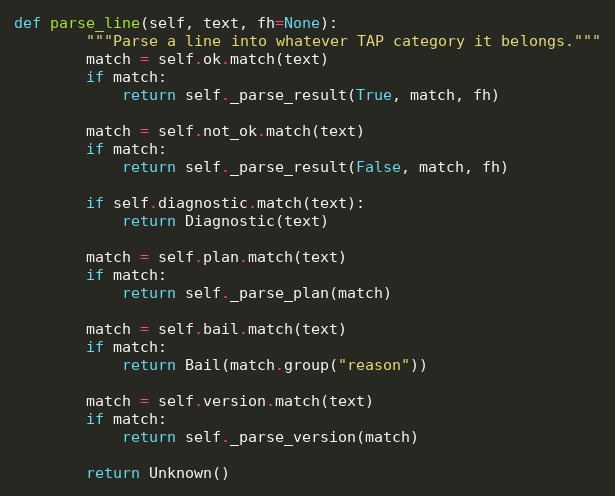
Language: Python
def parse_line(self, text, fh=None):
        """Parse a line into whatever TAP category it belongs."""
        match = self.ok.match(text)
        if match:
            return self._parse_result(True, match, fh)

        match = self.not_ok.match(text)
        if match:
            return self._parse_result(False, match, fh)

        if self.diagnostic.match(text):
            return Diagnostic(text)

        match = self.plan.match(text)
        if match:
            return self._parse_plan(match)

        match = self.bail.match(text)
        if match:
            return Bail(match.group("reason"))

        match = self.version.match(text)
        if match:
            return self._parse_version(match)

        return Unknown()